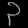
Digit: ၃